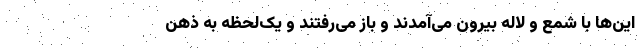
این‌ها با شمع و لاله بیرون می‌آمدند و باز می‌رفتند و یک‌لحظه به ذهن